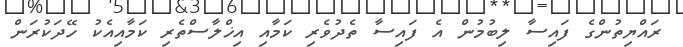
ރައްޔިތުންގެ ފައިސާ ލިބުމުން އެ ފައިސާ ތެދުވެރި ކަމާއި އިޚްލާސްތެރި ކަމާއިއެކު ހޭދަކުރަން